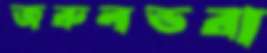
জরুলভরা